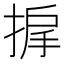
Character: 𫽓